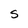
Character: S